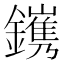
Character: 𨭽